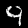
Label: 9